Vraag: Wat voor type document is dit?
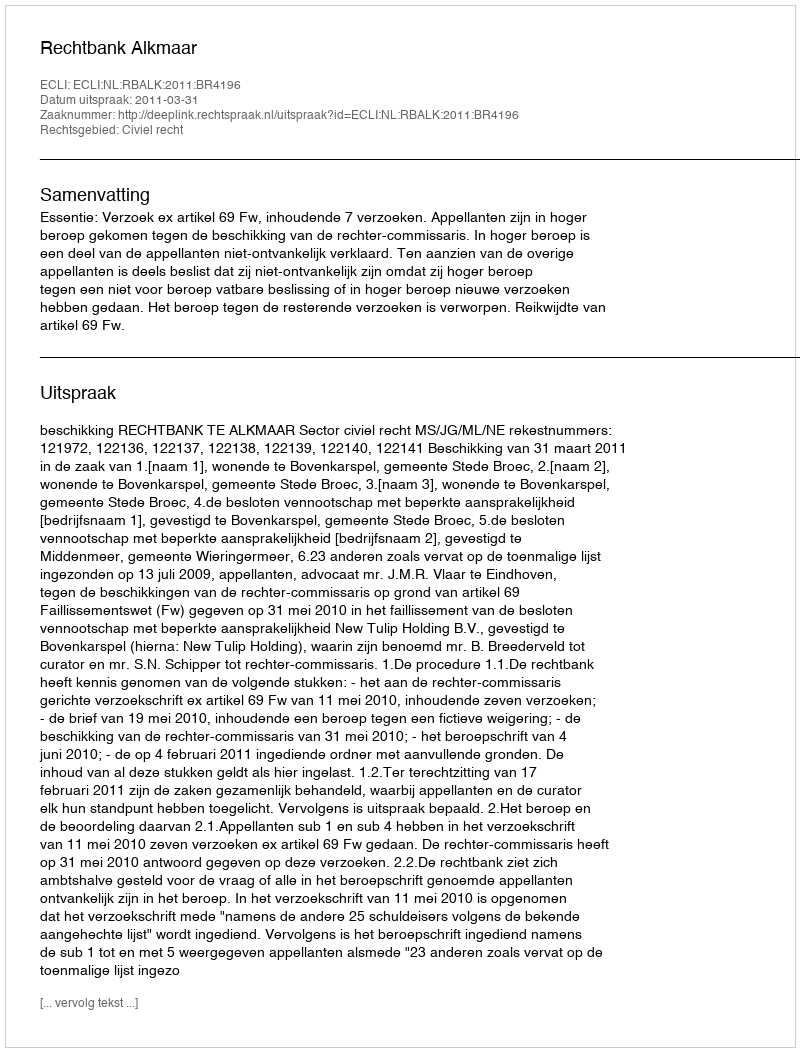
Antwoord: Uitspraak